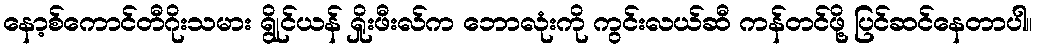
နော့စ်ကောင်တီဂိုးသမား ရွိုင်ယန် ရှိုးဖီးလ်က ဘောလုံးကို ကွင်းလယ်ဆီ ကန်တင်ဖို့ ပြင်ဆင်နေတာပါ။